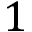
1